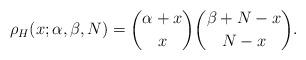
LaTeX: \begin{gather*}\rho_{H}(x;\alpha,\beta,N) =\binom{\alpha+x}{x}\binom{\beta+N-x}{N-x}.\end{gather*}